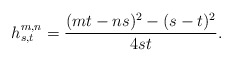
\begin{align*} h_{s,t}^{m,n} = \frac{(mt-ns)^2-(s-t)^2}{4st}.\end{align*}